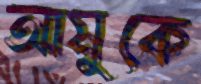
আমুকে